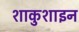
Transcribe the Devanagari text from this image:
शाकुशाइन